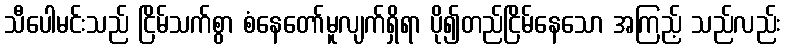
သီပေါမင်းသည် ငြိမ်သက်စွာ စံနေတော်မူလျက်ရှိရာ ပို၍တည်ငြိမ်နေသော အကြည့် သည်လည်း